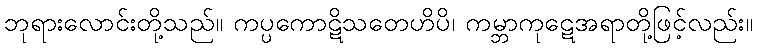
ဘုရားလောင်းတို့သည်။ ကပ္ပကောဋိသတေဟိပိ၊ ကမ္ဘာကုဋေအရာတို့ဖြင့်လည်း။